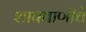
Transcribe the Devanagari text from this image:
शापवाणीचे